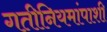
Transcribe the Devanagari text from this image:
गतीनियमांपाशी